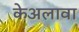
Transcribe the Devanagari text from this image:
केअलावा